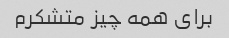
برای همه چیز متشکرم